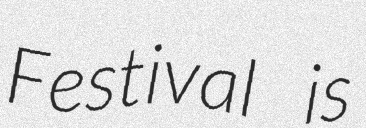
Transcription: Festival is